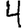
Digit: 4